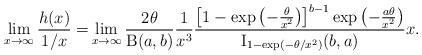
\begin{align*}\lim_{x\to\infty}\frac{h(x)}{1/x}=&\lim_{x\to\infty}\frac{2\theta}{\operatorname{B}(a,b)}\frac{1}{x^3}\frac{\left[ 1-\exp\left(-\frac{\theta}{x^2}\right) \right]^{b-1} \exp\left(-\frac{a\theta}{x^2}\right)}{\operatorname{I}_{1-\exp(-\theta/x^2)}(b,a)}x.\end{align*}